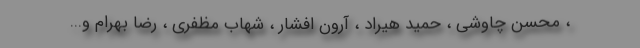
، محسن چاوشی ، حمید هیراد ، آرون افشار ، شهاب مظفری ، رضا بهرام و...